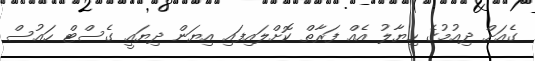
ގެއަށް ދިއުމުގެ ހިޔާލު އެއް ފަރާތް ކޮށްލައިފައި އިޔަން ދިޔައީ ގެސްޓް ހައުސް